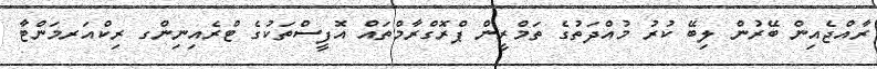
ރާއްޖެއިން ބޭރުން ލިބޭ ކުރު މުއްދަތުގެ ތަމްރީން ޕްރޮގްރާމްތައް އޮފީސްތަކުގެ ޓްރެއިނިންގ ރިކްއަރމަންޓާ